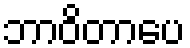
ဘာဝိတာပေ